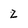
Character: 2